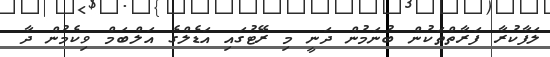
ލަފާކުރާ ފަރާތްތަކުން ބުނަމުން ދަނީ މި ރޭޓުގައި އަޑެލްގެ އަލްބަމް ވިކެމުން ދާ